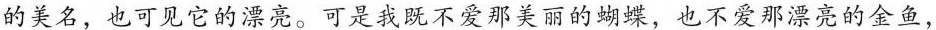
的美名，也可见它的漂亮。可是我既不爱那美丽的蝴蝶，也不爱那漂亮的金鱼，